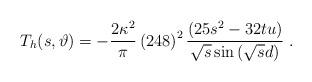
LaTeX: \begin{align*}T_h (s, \vartheta) = -\frac{2\kappa^2}{\pi} \left(248\right)^2 \frac{ \left( 25 s^2 - 32tu \right) } { \sqrt{s}\sin\left(\sqrt{s}d\right)} \; .\end{align*}